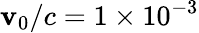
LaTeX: \mathbf{v}_{0}/c=1\times10^{-3}